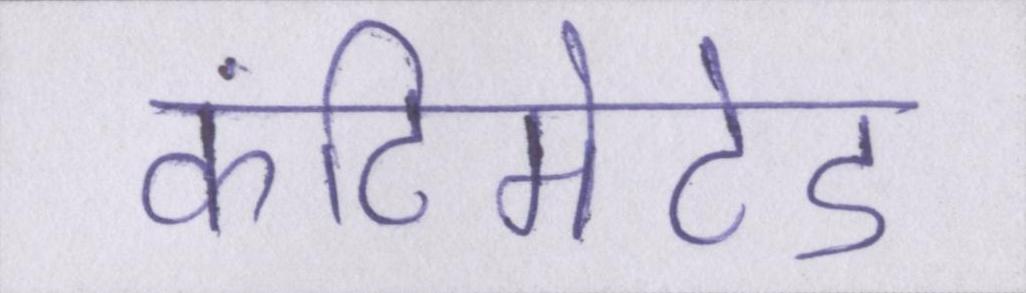
कंटिमेटेड